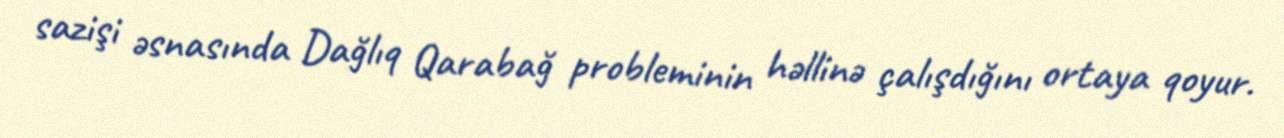
sazişi əsnasında Dağlıq Qarabağ probleminin həllinə çalışdığını ortaya qoyur.